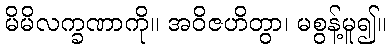
မိမိလက္ခဏာကို။ အဝိဇဟိတွာ၊ မစွန့်မူ၍။